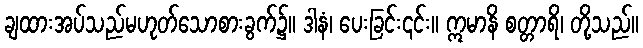
ချထားအပ်သည်မဟုတ်သောစားခွက်၌။ ဒါနံ၊ ပေးခြင်း၎င်း။ ဣမာနိ စတ္တာရိ၊ တို့သည်။